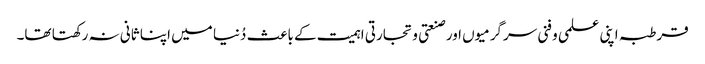
قرطبہ اپنی علمی و فنی سرگرمیوں اور صنعتی و تجارتی اہمیت کے باعث دُنیا میں اپنا ثانی نہ رکھتا تھا۔